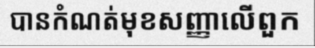
បានកំណត់មុខសញ្ញាលើពួក